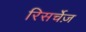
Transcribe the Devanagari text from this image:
रिसर्चेज़